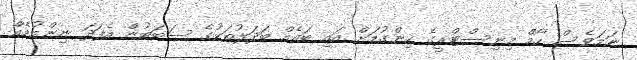
ނަމަވެސް ހޯމް މިނިސްޓްރީގެ ހިންގުމަށް އައި ބައެއް ބަދަލުތަކުގެ ސަބަބުން އެފަދަ ނިންމުމެއް